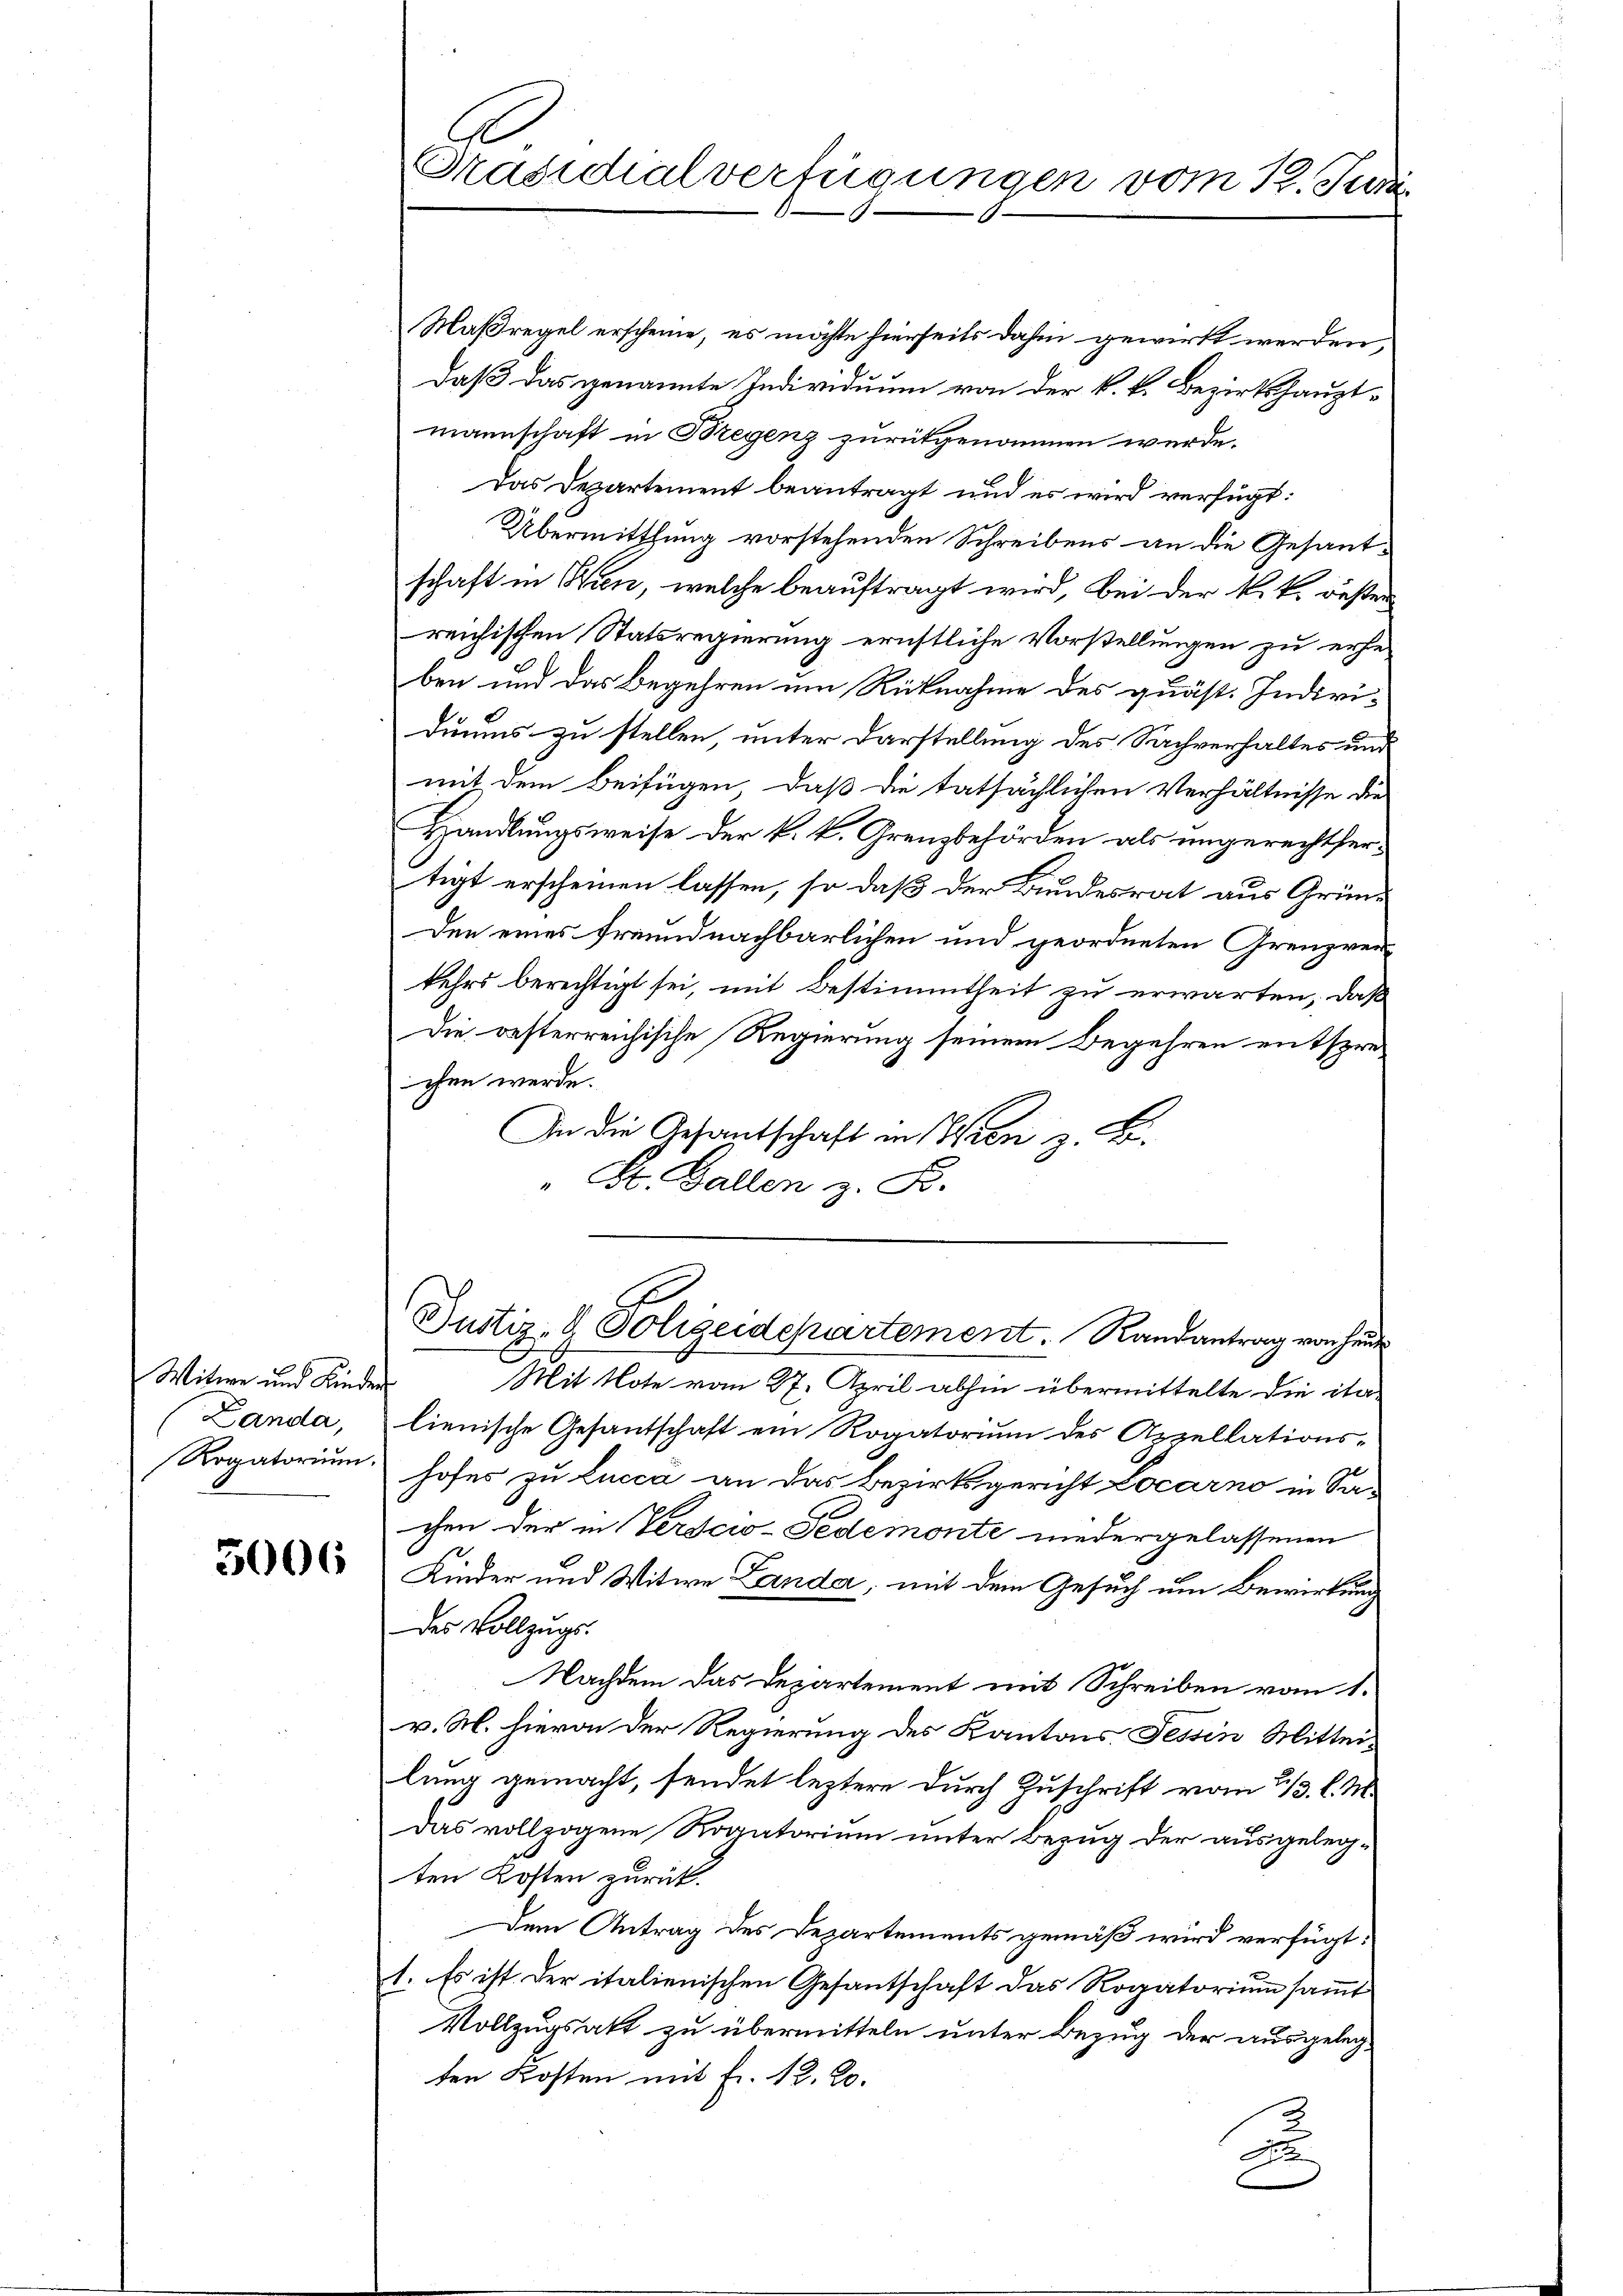
(Landa,

5006

Maßregel erscheine, es möchte hierseits dahin gewirkt werden,
daß das genannte Individuum von der k.k. Bezirkshaupt-
mannschaft in Bregenz zurükgenommen werde.
Das Departement beantragt und es wird verfügt:
Übermittlung vorstehenden Schreibens an die Gesantschaft in Wien, welche beauftragt wird, bei der k. k. oester
reichischen Statsregierung ernstliche Vorstellungen zu erhe
ben und das Begehren um Rücknahme des quäst. Individuums zu stellen, unter Darstellung des Sachverhaltes und
mit dem Beifügen, daß die tatsächlichen Verhältnisse die
Kandlungsweise der k. k. Grenzbehörden als ungerechtfertigt erscheinen lassen, so daß der Bundesrat aus Grün¬
Den eines Freundnachbarlichen und geordneten Grenzver-
kehrs berechtigt sei, mit Bestimmtheit zu erwarten, daß
Die oesterreichische Regierung seinem Begehren entsprechen werde.
In die Gesantschaft in Wien z. B.
St. Gallen z. B.

Präsidialverfügungen vom 12. Juni

E
Justiz- & Polizeidepartement. Randantrag von heut

Witwe und Kinder Mit Note vom 27. April abhin übermittelte die ita-
lienische Gesantschaft ein Rogatorium des Appellations¬
Rogatorium, hofes zu Lucca an das Bezirksgericht Locarno in Sa-
chen der in Verscw-Fedemonte niedergelassenen
Kinder und Witwe Landa, mit dem Gesuch um Bewirkung
des Vollzugs-
Nachdem das Departement mit Schreiben vom 1.
v. M. hievon der Regierung des Kantons Tessin Mitteilung gemacht, sendet leztere durch Zuschrift vom 2/3. l. M.
Das vollzogene Rogatorium unter Bezug der ausgelegten Kosten zurück.
Dem Antrag des Departements gemäß wird verfügt:
1. Es ist der italienischen Gesantschaft das Rogatorium samt
Vollzugsakt zu übermitteln unter Bezug der ausgelegten Kosten mit Fr. 12. 20.
x